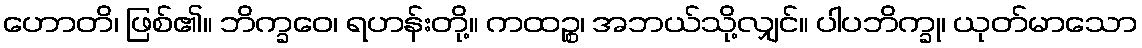
ဟောတိ၊ ဖြစ်၏။ ဘိက္ခဝေ၊ ရဟန်းတို့။ ကထဉ္စ၊ အဘယ်သို့လျှင်။ ပါပဘိက္ခု၊ ယုတ်မာသော